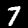
Digit: 7